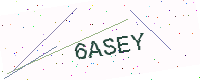
Text: 6ASEY